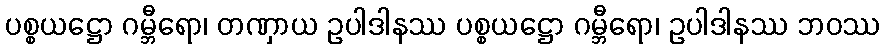
ပစ္စယဋ္ဌော ဂမ္ဘီရော၊ တဏှာယ ဥပါဒါနဿ ပစ္စယဋ္ဌော ဂမ္ဘီရော၊ ဥပါဒါနဿ ဘဝဿ